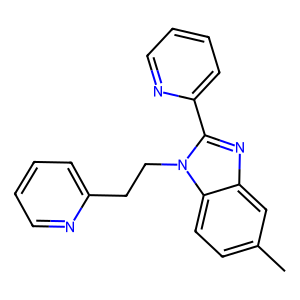
SMILES: Cc1ccc2c(c1)nc(-c1ccccn1)n2CCc1ccccn1
Inhibits HIV replication: No